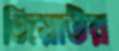
জিয়াউর